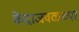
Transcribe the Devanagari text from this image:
केंद्राजवळच्या